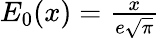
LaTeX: \textstyle E_{0}(x)={\frac{x}{e{\sqrt{\pi}}}}